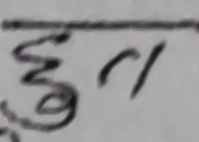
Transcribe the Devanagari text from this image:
हुन